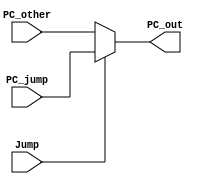
module Mux_Jump(PC_out,PC_jump,PC_other,Jump);

	output [31:0]PC_out;
	input [31:0]PC_jump,PC_other;
	input Jump;
	
	assign PC_out = (Jump==1'b1) ? PC_jump : PC_other;

endmodule